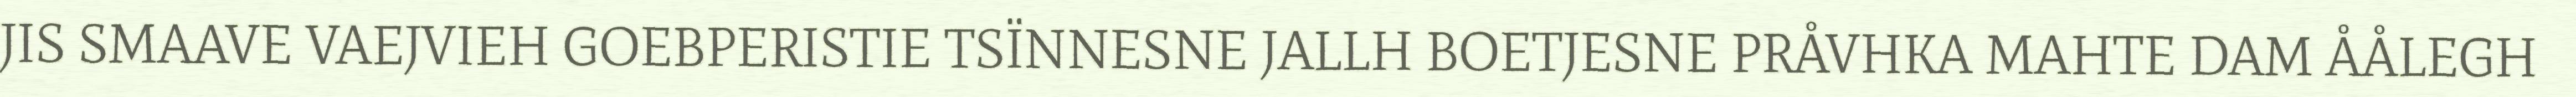
JIS SMAAVE VAEJVIEH GOEBPERISTIE TSÏNNESNE JALLH BOETJESNE PRÅVHKA MAHTE DAM ÅÅLEGH